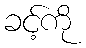
ခင့်ကို